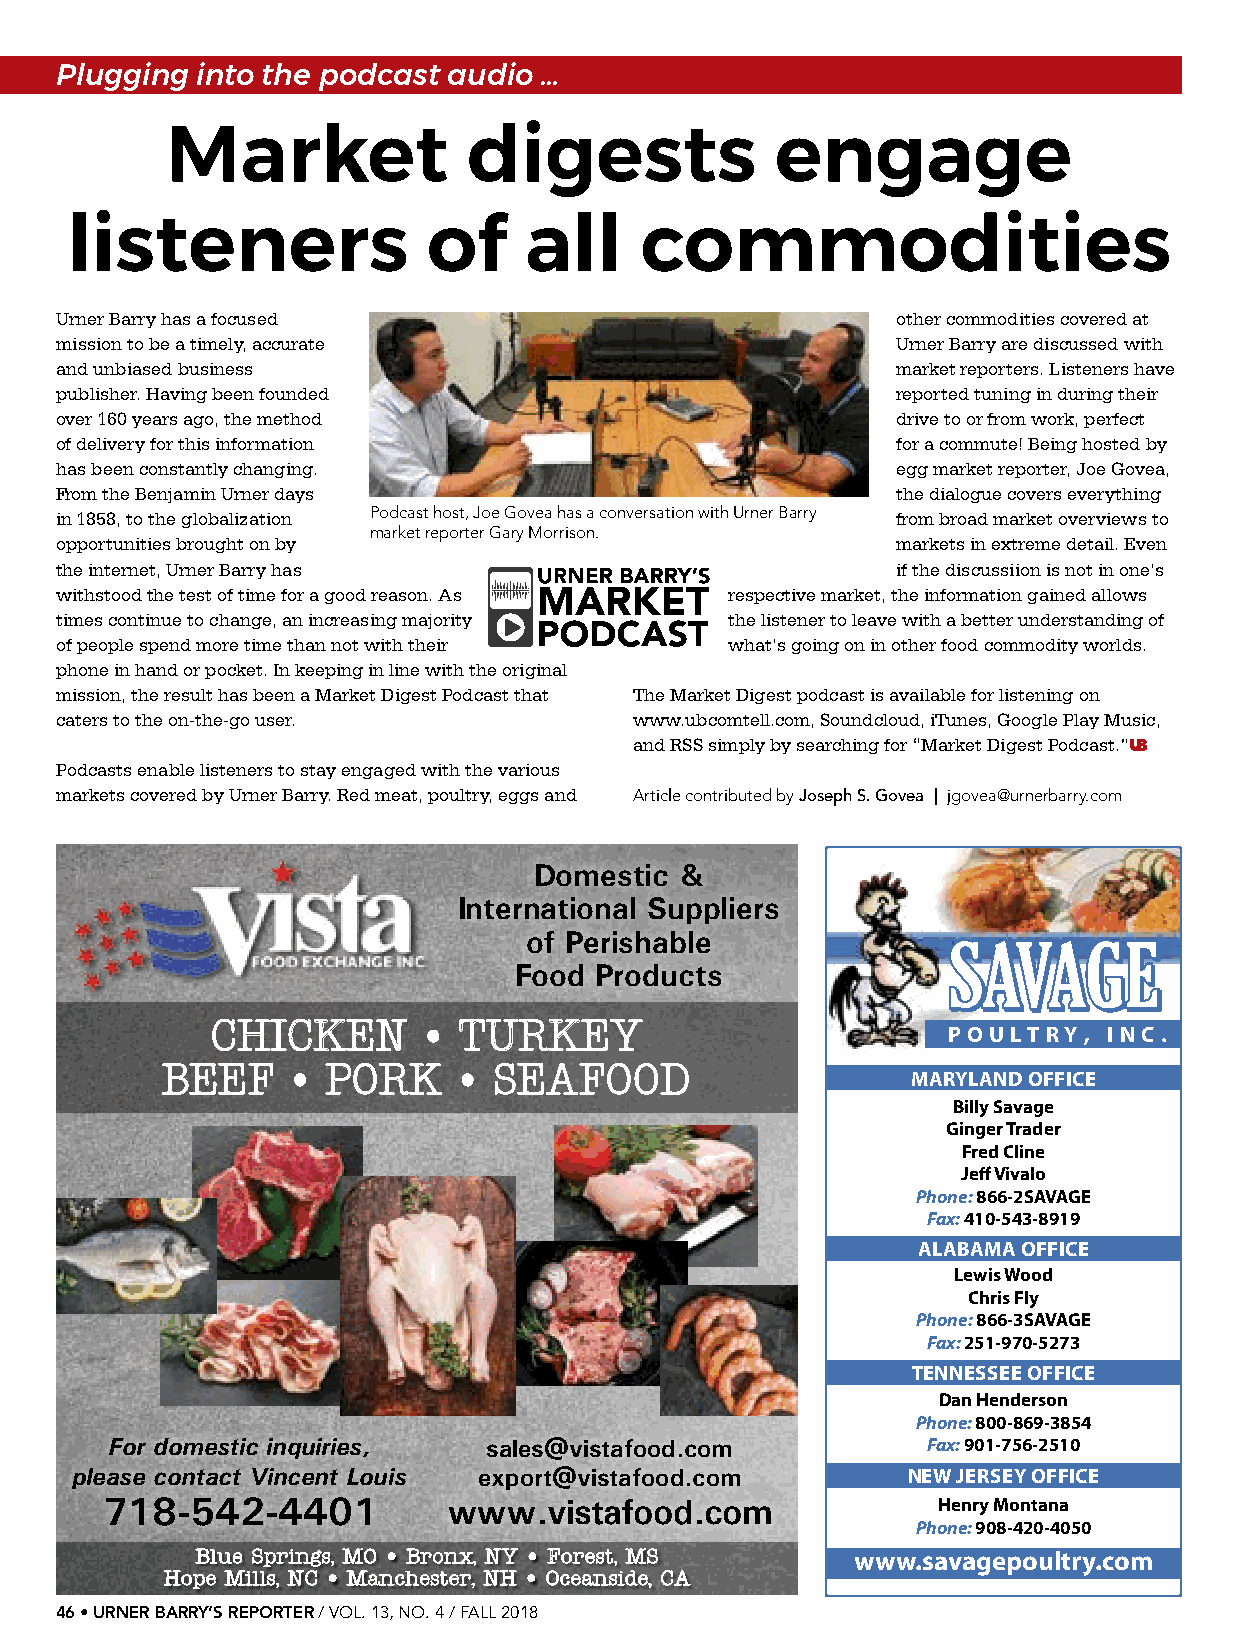
Plugging into the podcast audio …
 Market              digests             engage
 listeners               of     all    commodities
 Urner Barry has a focused                              other commodities covered at
 mission to be a timely, accurate                       Urner Barry are discussed with
 and unbiased business                                  market reporters. Listeners have
 publisher. Having been founded                         reported tuning in during their
 over 160 years ago, the method                         drive to or from work, perfect
 of delivery for this information                       for a commute! Being hosted by
 has been constantly changing.                          egg market reporter, Joe Govea,
 From the Benjamin Urner days                           the dialogue covers everything
 in 1858, to the globalization Podcast host, Joe Govea has a conversation with Urner Barry from broad market overviews to
 market reporter Gary Morrison.
 opportunities brought on by                            markets in extreme detail. Even
 the internet, Urner Barry has                          if the discussiion is not in one’s
 withstood the test of time for a good reason. As respective market, the information gained allows
 times continue to change, an increasing majority the listener to leave with a better understanding of
 of people spend more time than not with their what’s going on in other food commodity worlds.
 phone in hand or pocket. In keeping in line with the original
 mission, the result has been a Market Digest Podcast that The Market Digest podcast is available for listening on
 caters to the on-the-go user.         www.ubcomtell.com, Soundcloud, iTunes, Google Play Music,
 and RSS simply by searching for “Market Digest Podcast.”UB
 Podcasts enable listeners to stay engaged with the various
 markets covered by Urner Barry. Red meat, poultry, eggs and Article contributed by Joseph S. Govea | jgovea@urnerbarry.com
 Domestic  &
 International Suppliers
 of Perishable
 SSAAVVAAGGEE
 Food Products
 CHICKEN       • TURKEY                           P O U L T R Y , I N C .
 BEEF    •  PORK    •  SEAFOOD                    MARYLAND OFFICE
 Billy Savage
 Ginger Trader
 Fred Cline
 Jeff Vivalo
 Phone: 866-2SAVAGE
 Fax: 410-543-8919
 ALABAMA OFFICE
 Lewis Wood
 Chris Fly
 Phone: 866-3SAVAGE
 Fax: 251-970-5273
 TENNESSEE OFFICE
 Dan Henderson
 Phone: 800-869-3854
 For domestic inquiries,  sales@vistafood.com          Fax: 901-756-2510
 please contact Vincent Louis export@vistafood.com      NEW JERSEY OFFICE
 718-542-4401           www.vistafood.com               Henry Montana
 Phone: 908-420-4050
 Blue Springs, MO • Bronx, NY • Forest, MS   www.savagepoultry.com
 Hope Mills, NC • Manchester, NH • Oceanside, CA
 46 • URNER BARRY’S REPORTER / VOL. 13, NO. 4 / FALL 2018